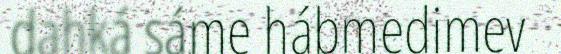
dahká sáme hábmedimev